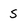
Character: 5